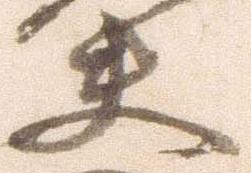
夫